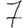
Digit: 7